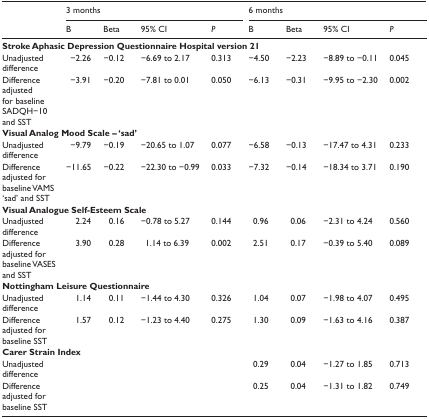
<table><thead><tr><td></td><td colspan="4"><b>3 months</b></td><td colspan="4"><b>6 months</b></td></tr><tr><td></td><td><b>B</b></td><td><b>Beta</b></td><td><b>95% CI</b></td><td><b><i>P</i></b></td><td><b>B</b></td><td><b>Beta</b></td><td><b>95% CI</b></td><td><b><i>P</i></b></td></tr></thead><tbody><tr><td colspan="9"><b>Stroke Aphasic Depression Questionnaire Hospital version 21</b></td></tr><tr><td>Unadjusted difference</td><td>−2.26</td><td>−0.12</td><td>−6.69 to 2.17</td><td>0.313</td><td>−4.50</td><td>−2.23</td><td>−8.89 to −0.11</td><td>0.045</td></tr><tr><td>Difference adjusted for baseline SADQH−10 and SST</td><td>−3.91</td><td>−0.20</td><td>−7.81 to 0.01</td><td>0.050</td><td>−6.13</td><td>−0.31</td><td>−9.95 to −2.30</td><td>0.002</td></tr><tr><td colspan="9"><b>Visual Analog Mood Scale – ‘sad’</b></td></tr><tr><td>Unadjusted difference</td><td>−9.79</td><td>−0.19</td><td>−20.65 to 1.07</td><td>0.077</td><td>−6.58</td><td>−0.13</td><td>−17.47 to 4.31</td><td>0.233</td></tr><tr><td>Difference adjusted for baseline VAMS ‘sad’ and SST</td><td>−11.65</td><td>−0.22</td><td>−22.30 to −0.99</td><td>0.033</td><td>−7.32</td><td>−0.14</td><td>−18.34 to 3.71</td><td>0.190</td></tr><tr><td colspan="9"><b>Visual Analogue Self-Esteem Scale</b></td></tr><tr><td>Unadjusted difference</td><td>2.24</td><td>0.16</td><td>−0.78 to 5.27</td><td>0.144</td><td>0.96</td><td>0.06</td><td>−2.31 to 4.24</td><td>0.560</td></tr><tr><td>Difference adjusted for baseline VASES and SST</td><td>3.90</td><td>0.28</td><td>1.14 to 6.39</td><td>0.002</td><td>2.51</td><td>0.17</td><td>−0.39 to 5.40</td><td>0.089</td></tr><tr><td colspan="9"><b>Nottingham Leisure Questionnaire</b></td></tr><tr><td>Unadjusted difference</td><td>1.14</td><td>0.11</td><td>−1.44 to 4.30</td><td>0.326</td><td>1.04</td><td>0.07</td><td>−1.98 to 4.07</td><td>0.495</td></tr><tr><td>Difference adjusted for baseline SST</td><td>1.57</td><td>0.12</td><td>−1.23 to 4.40</td><td>0.275</td><td>1.30</td><td>0.09</td><td>−1.63 to 4.16</td><td>0.387</td></tr><tr><td colspan="9"><b>Carer Strain Index</b></td></tr><tr><td colspan="5">Unadjusted difference</td><td>0.29</td><td>0.04</td><td>−1.27 to 1.85</td><td>0.713</td></tr><tr><td colspan="5">Difference adjusted for baseline SST</td><td>0.25</td><td>0.04</td><td>−1.31 to 1.82</td><td>0.749</td></tr></tbody></table>